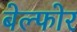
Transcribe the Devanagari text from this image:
बेल्फोर